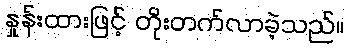
နှုန်းထားဖြင့် တိုးတက်လာခဲ့သည်။